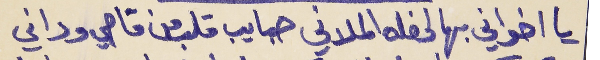
يا اخواني بهالحفله الملاني      حبايب قلب من قاصي وداني